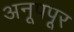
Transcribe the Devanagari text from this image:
अनूपपूर